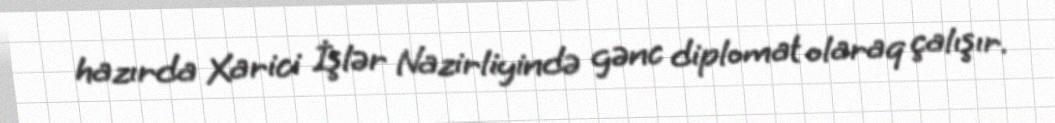
hazırda Xarici İşlər Nazirliyində gənc diplomat olaraq çalışır.